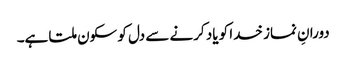
دورانِ نماز خدا کو یاد کرنے سے دل کو سکون ملتا ہے۔